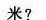
米?